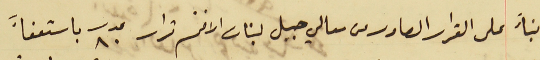
بنأً على القرار الصادر من معالي جبل لبنان الافخم قرار عدد ٨٠ باستعفآء